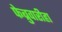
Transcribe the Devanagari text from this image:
फेब्रुवारीहा